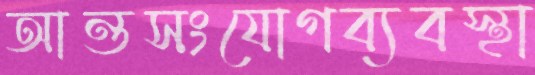
আন্তসংযোগব্যবস্থা